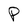
Character: P